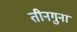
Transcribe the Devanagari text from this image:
तीनगुना